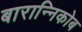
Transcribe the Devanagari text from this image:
बारान्निकोब